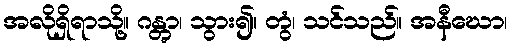
အလိုရှိရာသို့။ ဂန္တွာ၊ သွား၍။ တွံ၊ သင်သည်။ အနီဃော၊